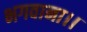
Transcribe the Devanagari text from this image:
भगवाना।।